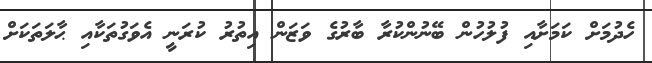
ހެދުމަށް ކަމަށާއި ފުލުހުން ބޭނުންކުރާ ބާރުގެ ވަޒަން އިތުރު ކުރަނީ އެވަގުތަކާއި ޙާލަތަކަށް